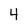
Character: 4